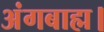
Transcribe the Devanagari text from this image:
अंगबाह्म।